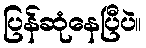
ပြန်ဆုံနေပြီပဲ။